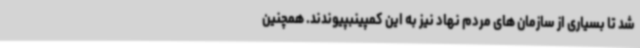
شد تا بسیاری از سازمان های مردم نهاد نیز به این کمپینبپیوندند. همچنین